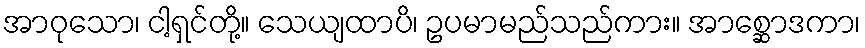
အာဝုသော၊ ငါ့ရှင်တို့။ သေယျထာပိ၊ ဥပမာမည်သည်ကား။ အာစ္ဆောဒကာ၊